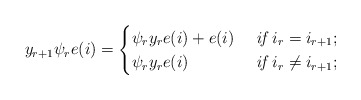
\begin{align*} y_{r+1} \psi_r e(i)=\begin{cases}\psi_r y_r e(i)+e(i) &\textit{ if } i_r= i_{r+1};\\\psi_r y_r e(i) &\textit{ if } i_r\neq i_{r+1};\end{cases}\end{align*}